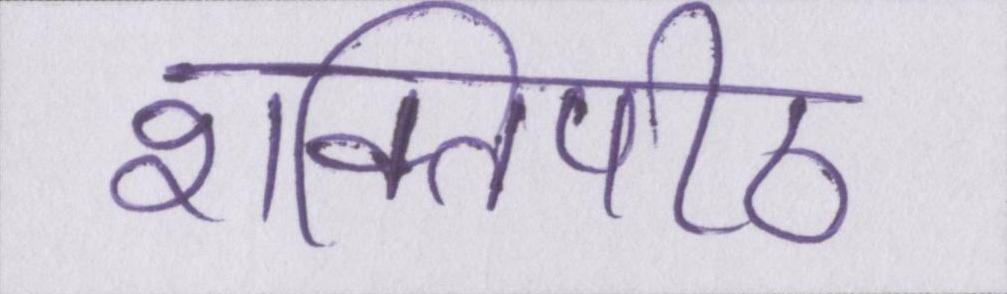
शक्तिपीठ